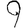
Digit: 9